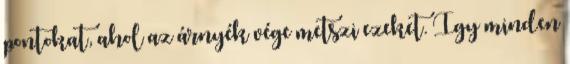
pontokat, ahol az árnyék vége metszi ezeket. Így minden